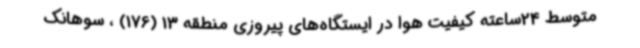
متوسط 24ساعته کیفیت هوا در ایستگاه‌های پیروزی منطقه 13 (176) ، سوهانک